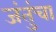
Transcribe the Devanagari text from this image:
जंतुंचा